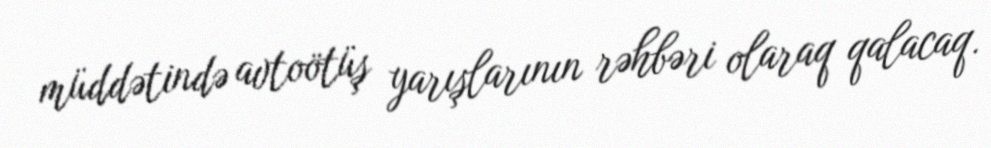
müddətində avtoötüş yarışlarının rəhbəri olaraq qalacaq.